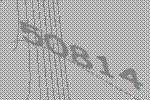
50814